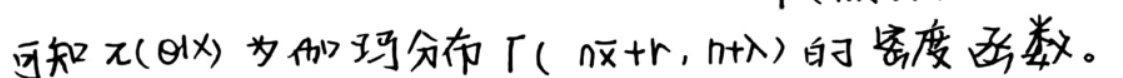
可知 $\pi(\theta|X)$ 为伽玛分布 $\Gamma(n\overline{x}+r,n+\lambda)$ 的密度函数。